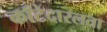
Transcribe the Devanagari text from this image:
काँटेदारलता